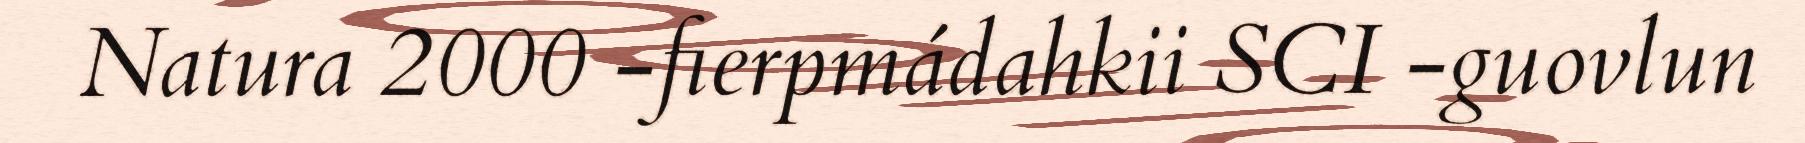
Natura 2000 -fierpmádahkii SCI -guovlun